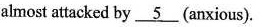
almost attacked by \underline{5}(anxious).